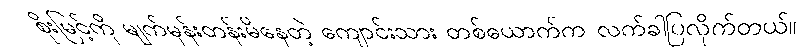
စိုးမြင့်ကို မျက်မှန်းတန်းမိနေတဲ့ ကျောင်းသား တစ်ယောက်က လက်ခါပြလိုက်တယ်။